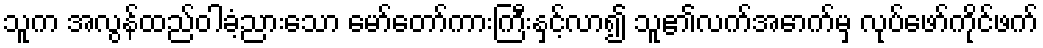
သူက အလွန်ထည်ဝါခံ့ညားသော မော်တော်ကားကြီးနှင့်လာ၍ သူ၏လက်အောက်မှ လုပ်ဖော်ကိုင်ဖက်